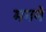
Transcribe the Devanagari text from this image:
मनने